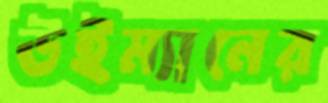
উইম্যানের